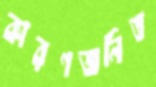
কারণজনিত